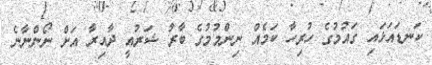
ކަނޑައަޅައި ގައުމުގެ ހުރިހާ ކަމެއް ނިންމުމުގެ ބާރު ޝަރުއީ ދާއިރާ އަށް ނޯންނާނެ